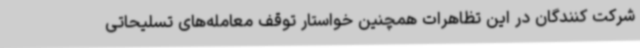
شرکت کنندگان در این تظاهرات همچنین خواستار توقف معامله‌های تسلیحاتی